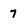
Character: 7